Annual administration and progress report of the Indian Medical Department, Bombay
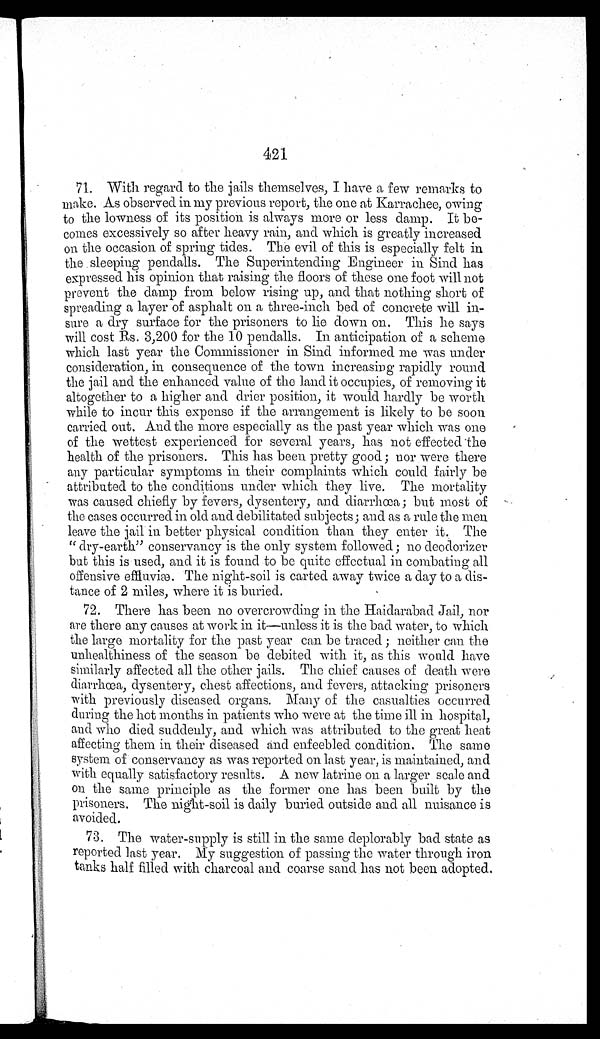
421
71. With regard to the jails themselves, I have a few remarks to
make. As observed in my previous report, the one at Karrachee, owing
to the lowness of its position is always more or less damp. It be
-comes excessively so after heavy rain, and which is greatly increased
on the occasion of spring tides. The evil of this is especially felt in
the sleeping pendalls. The Superintending Engineer in Sind has
expressed his opinion that raising the floors of these one foot will not
prevent the damp from below rising up, and that nothing short of
spreading a layer of asphalt on a three-inch bed of concrete will in
-sure a dry surface for the prisoners to lie down on. This he says
will cost Rs. 3,200 for the 10 pendalls. In anticipation of a scheme
which last year the Commissioner in Sind informed me was under
consideration, in consequence of the town increasing rapidly round
the jail and the enhanced value of the land it occupies, of removing it
altogether to a higher and drier position, it would hardly be worth
while to incur this expense if the arrangement is likely to be soon
carried out. And the more especially as the past year which was one
of the wettest experienced for several years, has not effected the
health of the prisoners. This has been pretty good; nor were there
any particular symptoms in their complaints which could fairly be
attributed to the conditions under which they live. The mortality
was caused chiefly by fevers, dysentery, and diarrhœa; but most of
the cases occurred in old and debilitated subjects; and as a rule the men
leave the jail in better physical condition than they enter it. The
"dry-earth" conservancy is the only system followed; no deodorizer
but this is used, and it is found to be quite effectual in combating all
offensive effluviæ. The night-soil is carted away twice a day to a dis
-tance of 2 miles, where it is buried.
72. There has been no overcrowding in the Haidarabad Jail, nor
are there any causes at work in it—unless it is the bad water, to which
the large mortality for the past year can be traced; neither can the
unhealthiness of the season be debited with it, as this would have
similarly affected all the other jails. The chief causes of death were
diarrhœa, dysentery, chest affections, and fevers, attacking prisoners
with previously diseased organs. Many of the casualties occurred
during the hot months in patients who were at the time ill in hospital,
and who died suddenly, and which was attributed to the great heat
affecting them in their diseased and enfeebled condition. The same
system of conservancy as was reported on last year, is maintained, and
with equally satisfactory results. A new latrine on a larger scale and
on the same principle as the former one has been built by the
prisoners. The night-soil is daily buried outside and all nuisance is
avoided.
73. The water-supply is still in the same deplorably bad state as
reported last year. My suggestion of passing the water through iron
tanks half filled with charcoal and coarse sand has not been adopted.